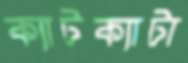
ক্যাটক্যাটা